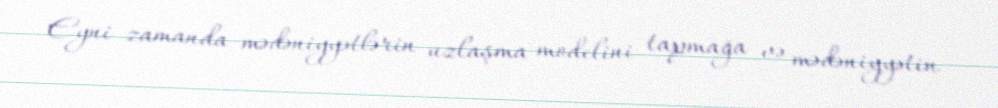
Eyni zamanda mədəniyyətlərin uzlaşma modelini tapmağa və mədəniyyətin